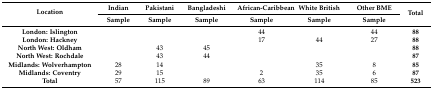
<table><thead><tr><td rowspan="2"><b>Location</b></td><td><b>Indian</b></td><td><b>Pakistani</b></td><td><b>Bangladeshi</b></td><td><b>African-Caribbean</b></td><td><b>White British</b></td><td><b>Other BME</b></td><td rowspan="2"><b>Total</b></td></tr><tr><td><b>Sample</b></td><td><b>Sample</b></td><td><b>Sample</b></td><td><b>Sample</b></td><td><b>Sample</b></td><td><b>Sample</b></td></tr></thead><tbody><tr><td><b>London: Islington</b></td><td></td><td></td><td></td><td>44</td><td></td><td>44</td><td><b>88</b></td></tr><tr><td><b>London: Hackney</b></td><td></td><td></td><td></td><td>17</td><td>44</td><td>27</td><td><b>88</b></td></tr><tr><td><b>North West: Oldham</b></td><td></td><td>43</td><td>45</td><td></td><td></td><td></td><td><b>88</b></td></tr><tr><td><b>North West: Rochdale</b></td><td></td><td>43</td><td>44</td><td></td><td></td><td></td><td><b>87</b></td></tr><tr><td><b>Midlands: Wolverhampton</b></td><td>28</td><td>14</td><td></td><td></td><td>35</td><td>8</td><td><b>85</b></td></tr><tr><td><b>Midlands: Coventry</b></td><td>29</td><td>15</td><td></td><td>2</td><td>35</td><td>6</td><td><b>87</b></td></tr><tr><td><b>Total</b></td><td>57</td><td>115</td><td>89</td><td>63</td><td>114</td><td>85</td><td><b>523</b></td></tr></tbody></table>